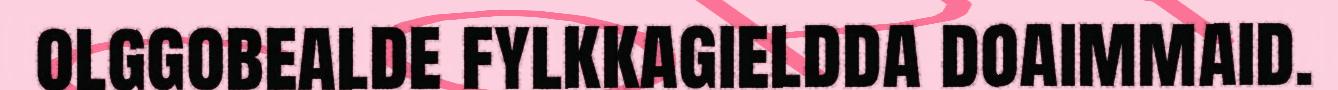
olggobealde fylkkagieldda doaimmaid.